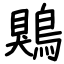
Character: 鶪